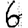
Digit: 6